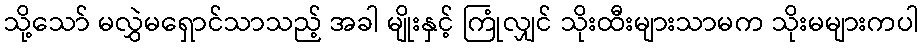
သို့သော် မလွှဲမရှောင်သာသည့် အခါ မျိုးနှင့် ကြုံလျှင် သိုးထီးများသာမက သိုးမများကပါ